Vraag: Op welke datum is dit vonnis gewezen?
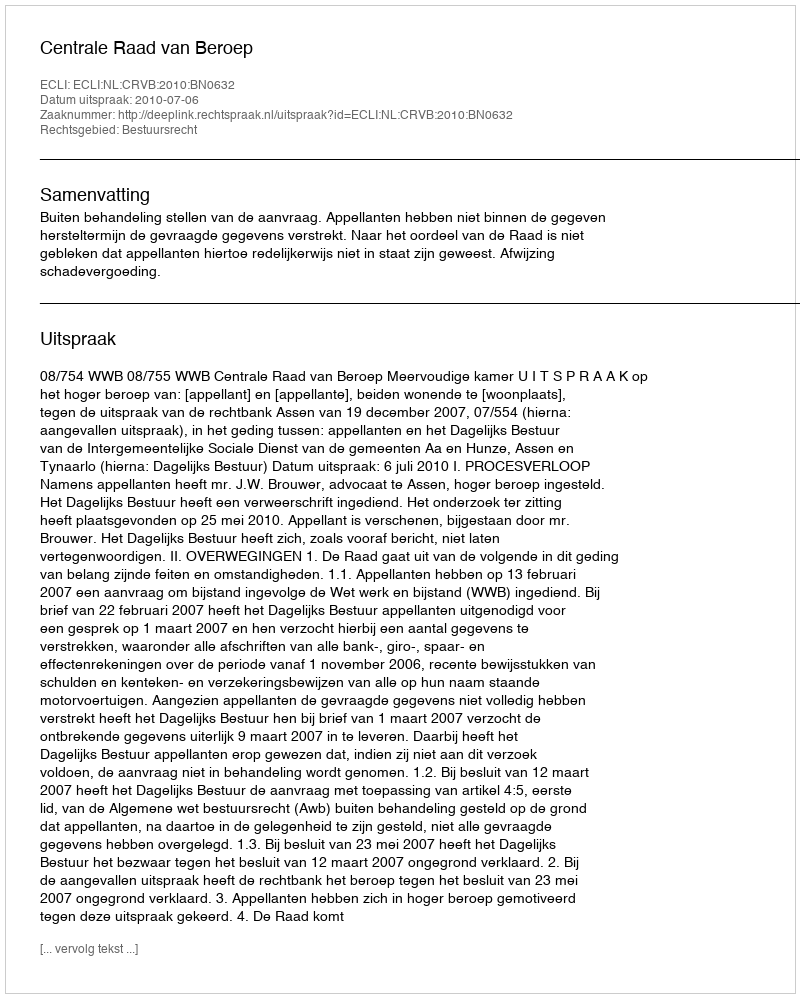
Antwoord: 2010-07-06